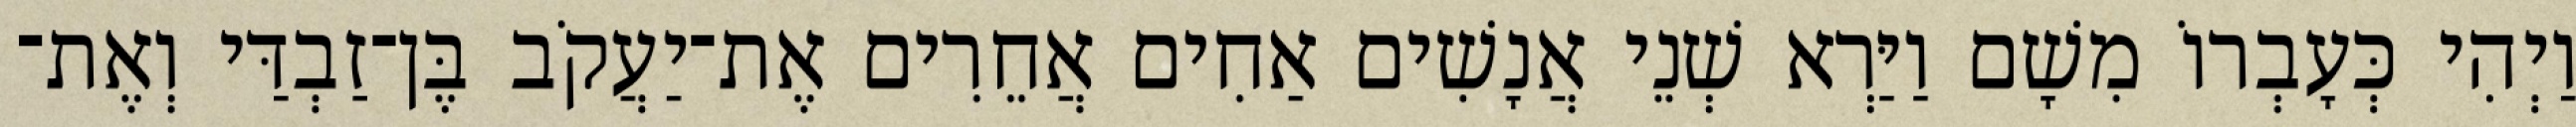
וַיְהִי כְּעָבְרוֹ מִשָׁם וַיַּרְא שְׁנֵי אֲנָשִׁים אַחִים אֲחֵרִים אֶת־יַעֲקֹב בֶּן־זַבְדַּי וְאֶת־